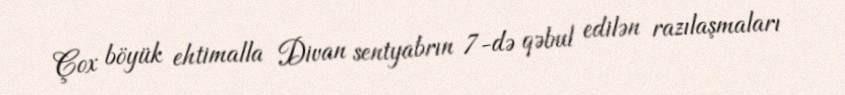
Çox böyük ehtimalla Divan sentyabrın 7-də qəbul edilən razılaşmaları